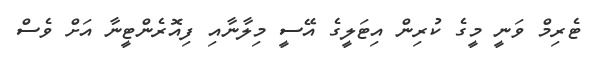
ޓެރިމް ވަނީ މީގެ ކުރިން އިޓަލީގެ އޭސީ މިލާނާއި ފިއޮރެންޓީނާ އަށް ވެސް